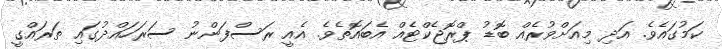
ކަމުގައެވެ. އަދި މިއަށްވުރެއް ބޮޑު ޕްރޮޖެކްޓެއް އެބައޮތެވެ. އެއީ ރަސްފަންނު ސަރަހައްދުގައި ތަރައްގީ